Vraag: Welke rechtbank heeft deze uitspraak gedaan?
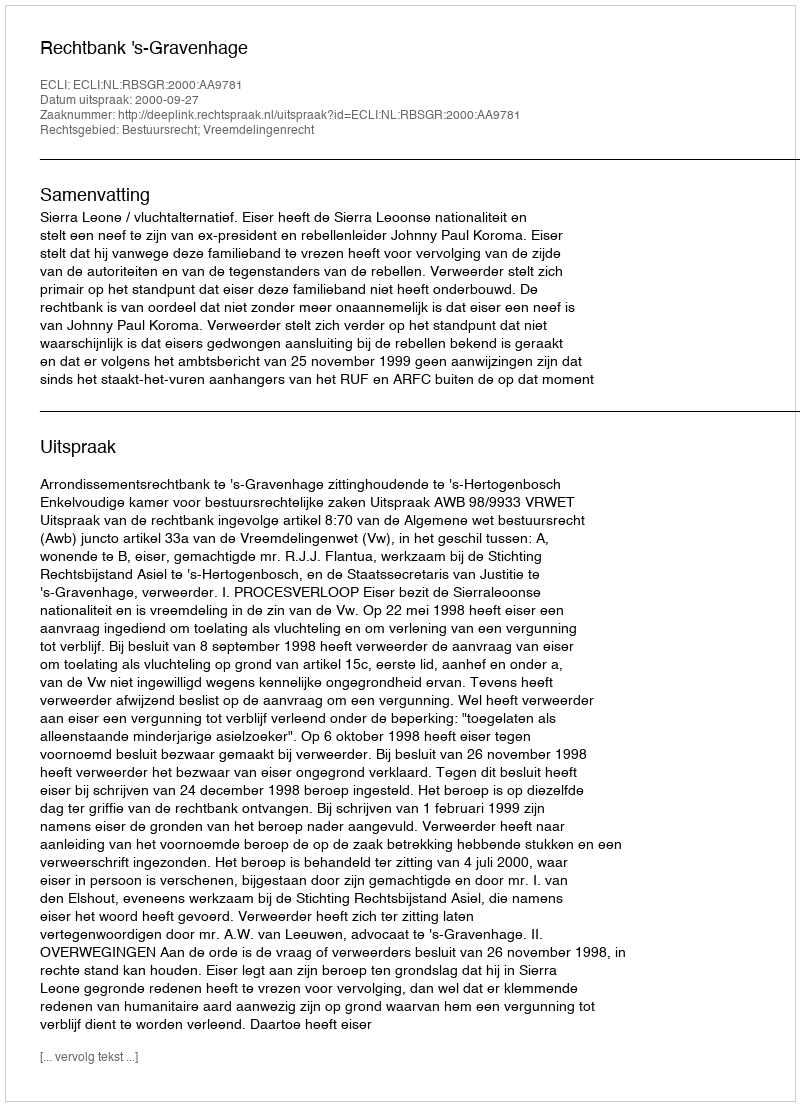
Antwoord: Rechtbank 's-Gravenhage